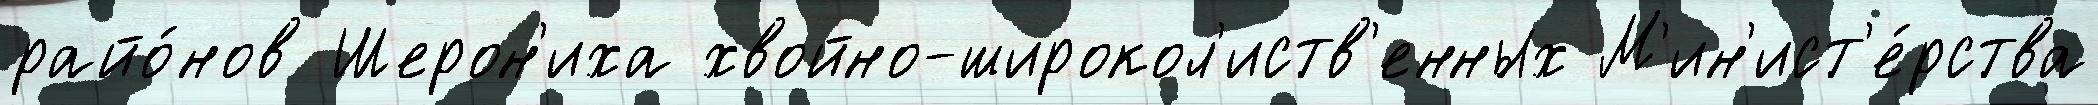
райо́нов Шерон'иха хвойно-широкол'иств'енных М'ин'ист'е́рства